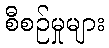
စီစဉ်မှုများ